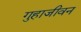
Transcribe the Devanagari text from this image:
गुहाजीवन